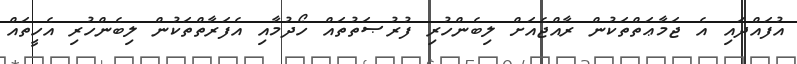
އުފައްދައި އެ ޖަމާޢަތްތަކުން ރާއްޖެއަށް ލިބެންހުރި ފުރުޞަތުތައް ހޯދުމާއި އެފަރާތްތަކުން ލިބެންހުރި އެހީތައް